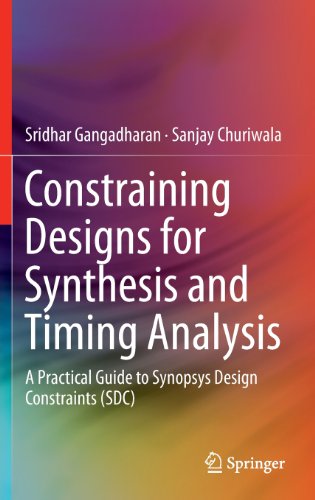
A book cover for Constraining Designs for Synthesis and Timing Analysis: A Practical Guide to Synopsys Design Constraints (SDC); Sridhar Gangadharan; Computers & Technology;